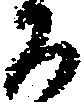
百